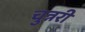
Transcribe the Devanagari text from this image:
चुन्नरी